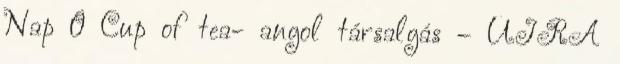
Nap 0 Cup of tea- angol társalgás – ÚJRA